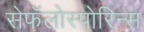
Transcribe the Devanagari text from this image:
सेफॅलोस्पोरिन्स